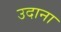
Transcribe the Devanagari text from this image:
उदाना